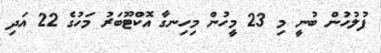
ފުލުހުން ބުނީ މި 23 މީހުން މިހިނގާ އޮކްޓޫބަރު މަހުގެ 22 އަދި